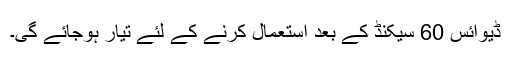
ڈیوائس 60 سیکنڈ کے بعد استعمال کرنے کے لئے تیار ہوجائے گی۔